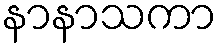
နာနာသကာ